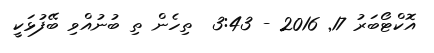
އޮކްޓޯބަރު 17